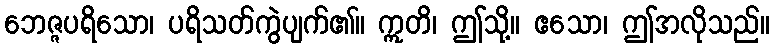
ဘေဇ္ဇပရိသော၊ ပရိသတ်ကွဲပျက်၏။ ဣတိ၊ ဤသို့။ ဧသော၊ ဤအလိုသည်။